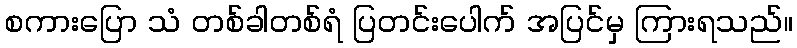
စကားပြော သံ တစ်ခါတစ်ရံ ပြတင်းပေါက် အပြင်မှ ကြားရသည်။